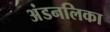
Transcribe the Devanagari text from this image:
अंडनलिका